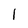
Character: l